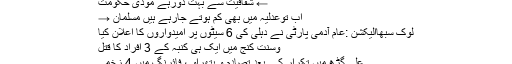
← شفافیت سے بہت دورہے مودی حکومت
اب توعدلیہ میں بھی کم ہوتے جارہے ہیں مسلمان →
لوک سبھاالیکشن :عام آدمی پارٹی نے دہلی کی 6 سیٹوں پر امیدواروں کا اعلان کیا
وسنت کنج میں ایک ہی کنبہ کے 3 افراد کا قتل
علی گڑھ میں تکرار کے بعد تصادم و پتھراؤ ، فائرنگ میں 4 زخمی